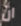
ان